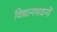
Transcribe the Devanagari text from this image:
विधानभवनों